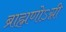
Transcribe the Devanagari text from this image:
ब्राह्मणोऽग्नी